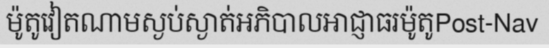
ម៉ូតូវៀតណាមស្ងប់ស្ងាត់អភិបាលអាជ្ញាធរម៉ូតូPost-Nav